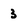
Character: 3